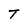
Character: T